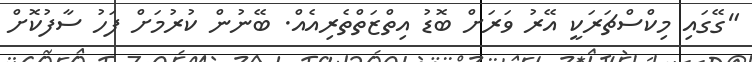
"ގޭގައި މިކްސްޗަރަކީ އޭރު ވަރަށް ބޮޑު އިތްޒަތްތެެރިއެއް. ބޭނުން ކުރުމަށް ފަހު ސާފުކޮށް